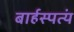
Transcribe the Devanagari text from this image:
बार्हस्पत्यं